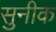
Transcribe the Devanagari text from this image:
सुनीक